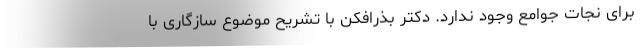
برای نجات جوامع وجود ندارد. دکتر بذرافکن با تشریح موضوع سازگاری با